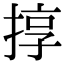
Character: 㨃